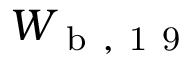
W _ { \mathrm { ~ b ~ , ~ 1 ~ 9 ~ } }